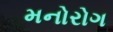
મનોરોગ